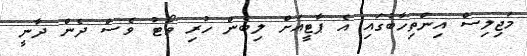
މަޖިލިސް އިންތިހާބުގައި އެ ޕާޓީއަށް ލިބެން ހުރި ވޯޓު ވެސް ދެން ދާނީ